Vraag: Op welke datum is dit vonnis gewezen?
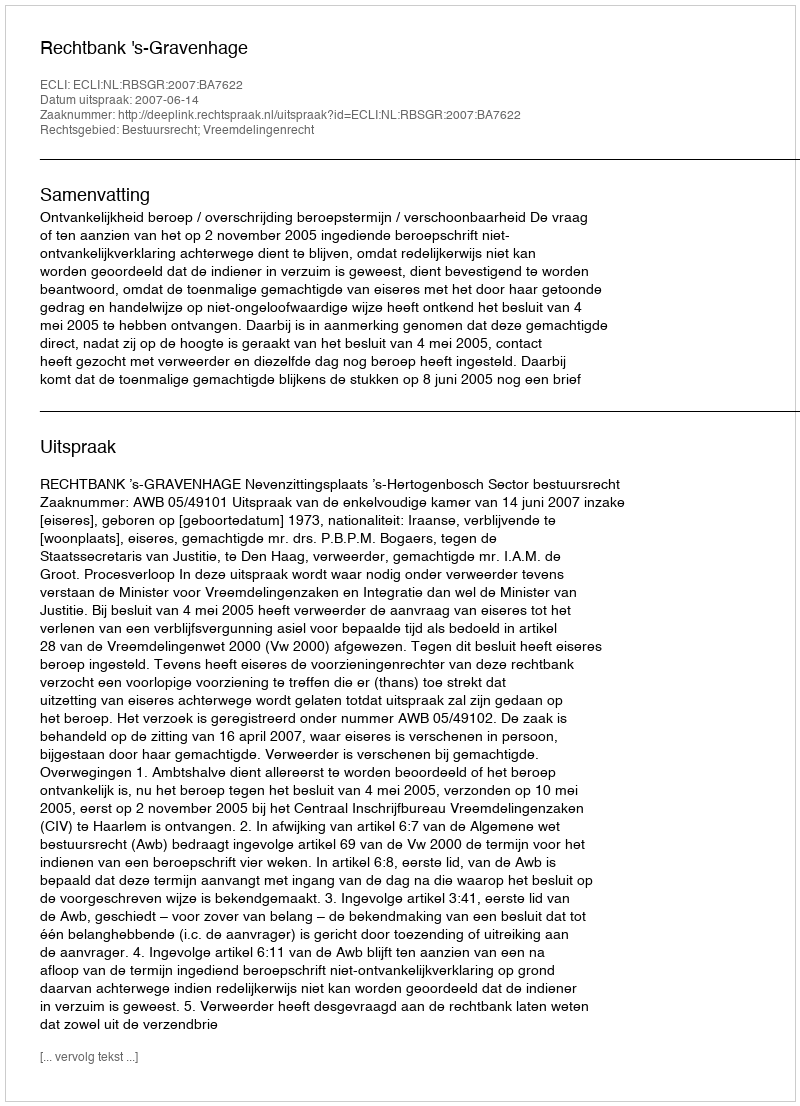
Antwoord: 2007-06-14